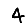
Digit: 4